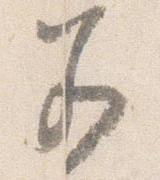
若